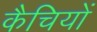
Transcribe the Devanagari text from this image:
कैचियों